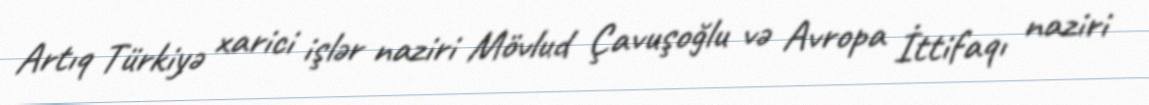
Artıq Türkiyə xarici işlər naziri Mövlud Çavuşoğlu və Avropa İttifaqı naziri